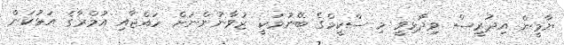
ޔާމީން އިދުރީސް ވިދާޅިވީ މި ސްކީމްގެ ބޭނުމަކީ ޒުވާނުންނަށް ހައްޖާއި އުމްރާގެ އަޅުކަން